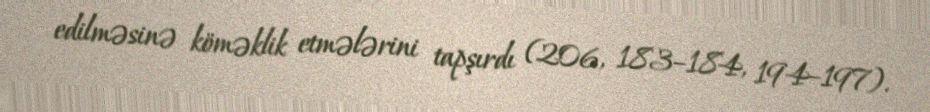
edilməsinə köməklik etmələrini tapşırdı (206, 183–184, 194–197).